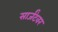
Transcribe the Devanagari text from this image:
सार्जंटवर